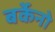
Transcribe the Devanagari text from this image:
बर्केनो